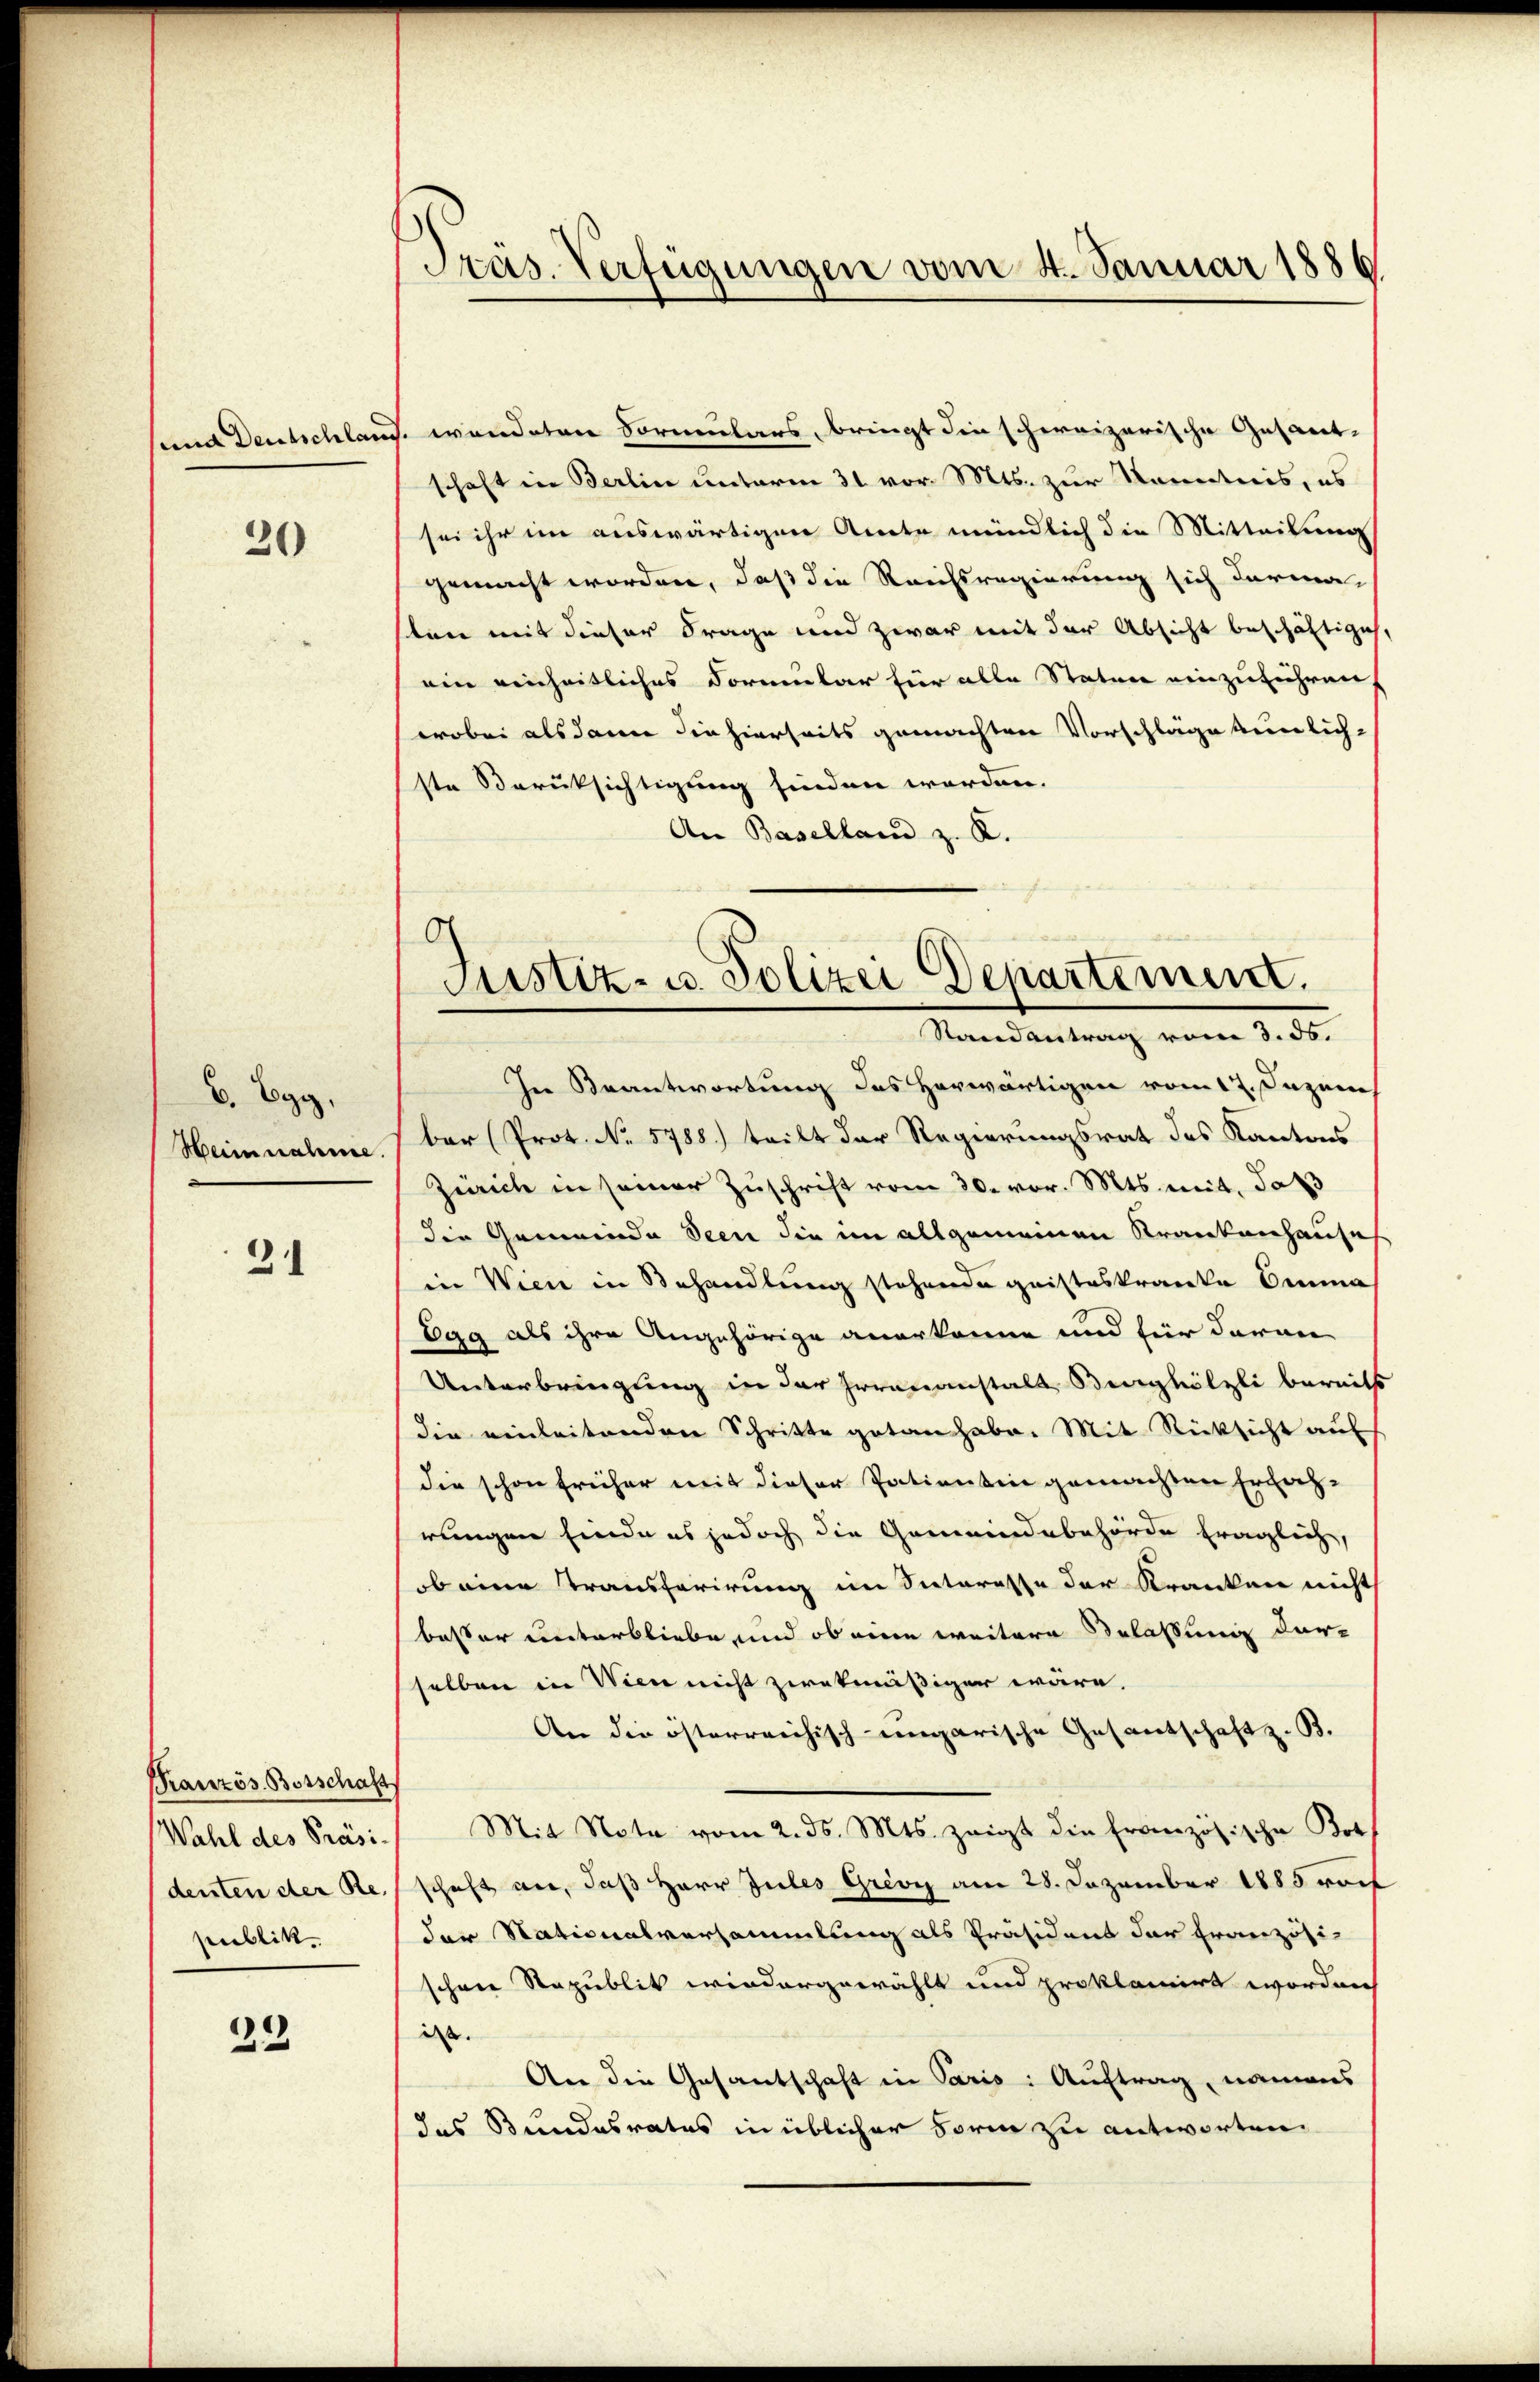
sund Deutschland

20

B. Egg.
Heinnahme.

31

Kranzös. Botschaft
Wahl des Präsi-
publik

32

Präs. Verfügungen vom 4. Januar 1886.

Justiz- u. Polizei Departement.
Randantrag vom 3. ds.

s. wendeten Formulars, bringt die schweizerische Gesant-
schaft in Berlin unterm 31. vor. Mts. zur Korectoris, es
sei ihr im auswärtigen Amte mündlich die Mitteilung
gemacht worden, daß die Rauchsregierung sich darma-
sten mit dieser Frage und zwar mit der Absicht beschäftiges,
ein einheitliches Formular für alle Staten einzuführen,
wobei alsdann die hierseits gemachten Vorschläge künlich-
ste Berüksichtigung finden werden.
An Baselland z. K.
In Beantwortung des herwärtigen vom 17. Jazen
ber (Prot. No 5788.) teilt der Regierungsrat des Kantons
Zürich in seiner Zuschrift vom 30. vor. Mts. mit, daß
die Gemeinde Seen die im allgemeinen Krankenhauses
in Wien in Behandlung stehende geisteskranke Semina
Egg als ihre Angehörige anerkanne und für daran
Unterbringung in der Irrenanstalt Burghölzli bereits
die einleitenden Schritte getan habe. Mit Rücksicht auf
die schon früher mit dieser Patientin gemachten Erfah-
rungen finde es jedoch die Gemeindebehörde fraglich,
beine Transferirung im Secteresse der Kranken nicht
besser unterbliebe und ob eine weitere Belassung dar-
selben in Wien nicht zwekmäßiger wäre.
An die österreichisch-ungarische Gesantschaft z. B.
Mit Note vom 2. ds. Mts. zeigt die französische Bot
denten der Reschaft an, daß Herr Jules Grivy am 28. Dezember 1885 vorh
der Nationalversammlung als Präsident der Französi-
schene Republik wiedergewählt und proklamirt worden
ds.
An die Gesantschaft in Paris : Auftrag, namens
das Bundesrates in üblicher Form zu antworten,